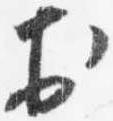
於